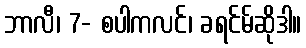
ဘာလီ၊ 7- စပါကလင်၊ ခရင်မ်ဆိုဒါ။